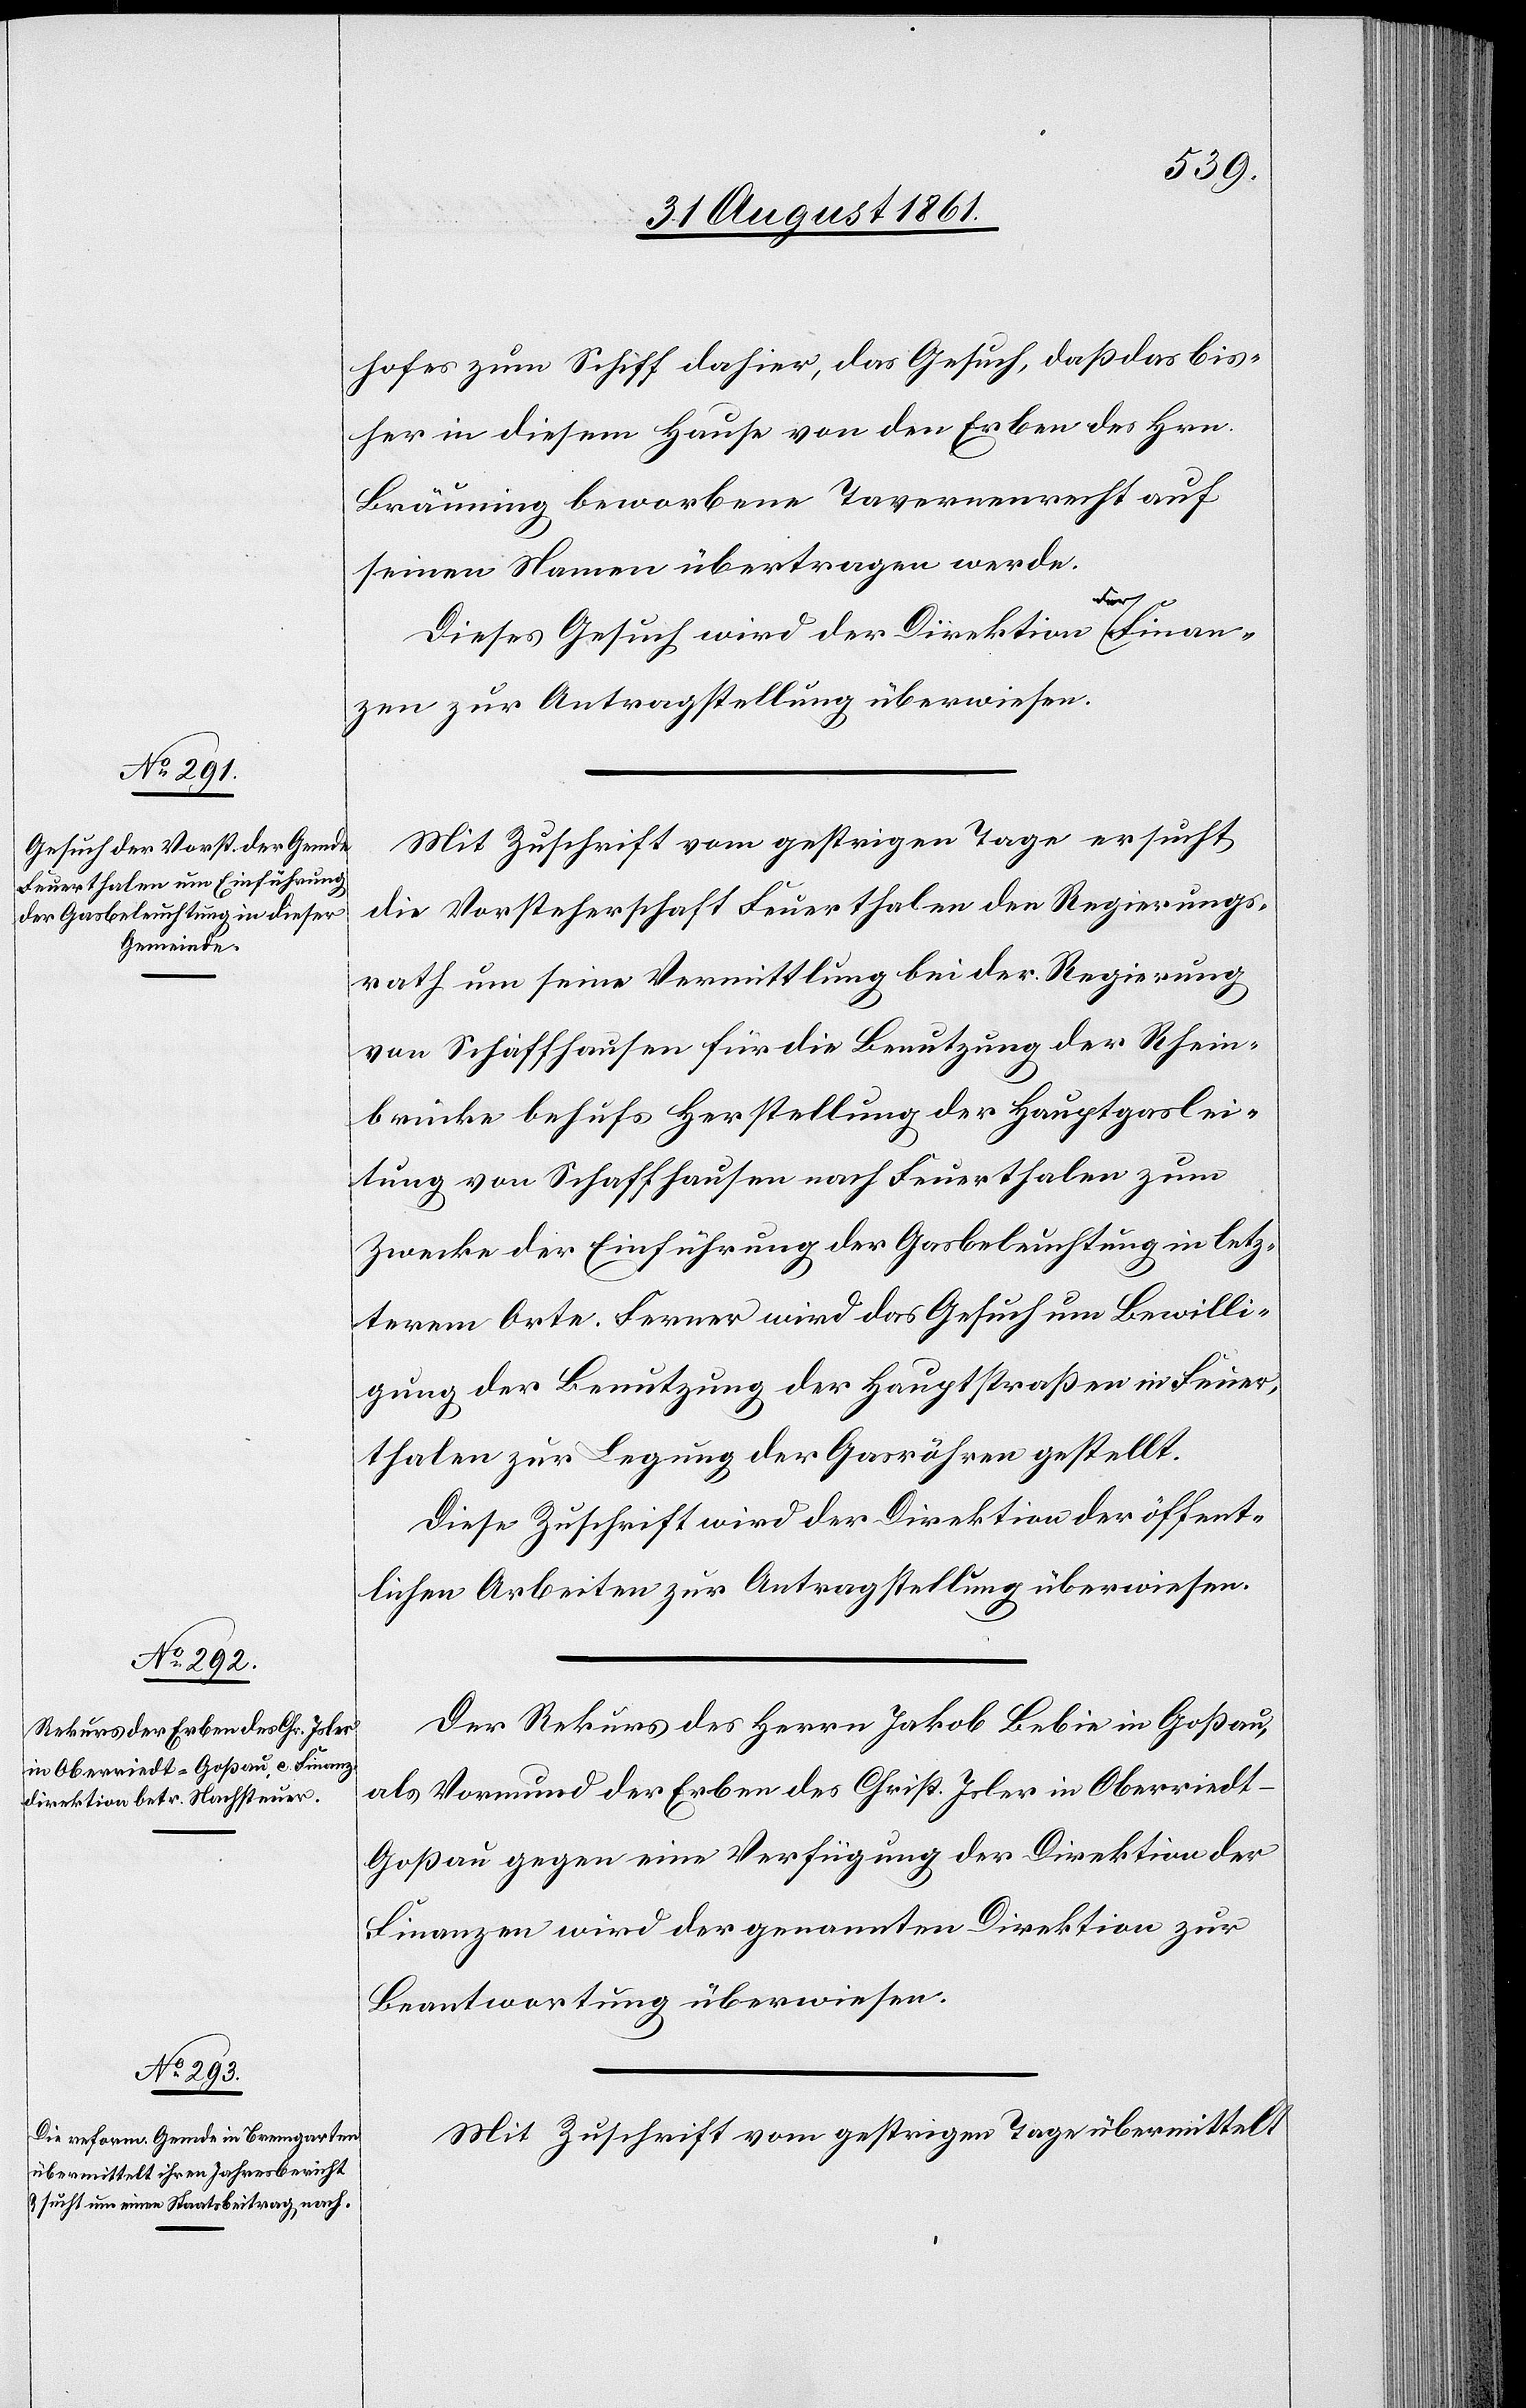
hofes zum Schiff dahier, das Gesuch, daß das bis¬
her in diesem Hause von den Erben des Hrn.
Bräuning beworbene Tavernenrecht auf
seinen Namen übertragen werde.
den 5
Dieses Gesuch wird der Direktion der Finan¬
zen zur Antragstellung überwiesen.
Mit Zuschrift vom gestrigen Tage ersucht
die Vorsteherschaft Feuerthalen den Regierungs¬
rath um seine Vermittlung bei der Regierung
von Schaffhausen für die Benutzung der Rhein¬
brücke behufs Zustellung der Hauptgaslei¬
tung von Schaffhausen nach Feuerthalen zum
Zwecke der Einführung der Gasbeleuchtung in letz¬
terem Orte. Ferner wird das Gesuch um Bewilli¬
gung der Benutzung der Hauptstraßen in Feuer¬
thalen zur Legung der Gasröhren gestellt.
Diese Zuschrift wird der Direktion der öffent¬
lichen Arbeiten zur Antragstellung überwiesen.
Der Rekurs des Herrn Jakob Bebie in Goßau,
als Vormund der Erben des Christ. Isler in Oberriedt-G¬
oßau gegen eine Verfügung der Direktion der
Finanzen wird der genannten Direktion zur
Beantwortung überwiesen.
Mit Zuschrift vom gestrigen Tage übermittelt